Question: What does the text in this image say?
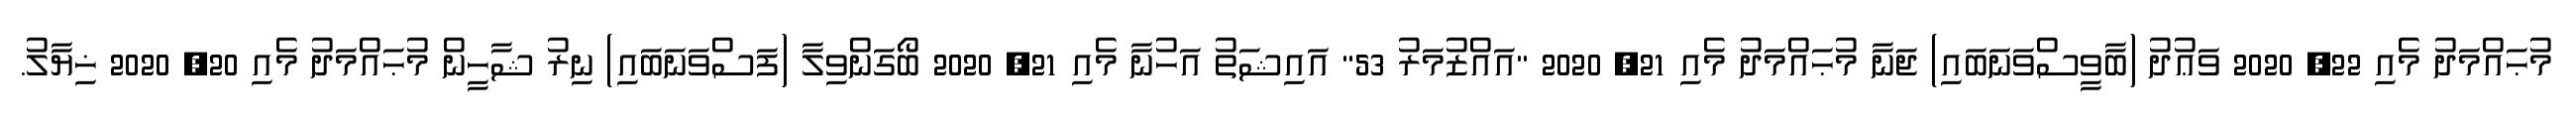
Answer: މުޙައްމަދު މެއި 22, 2020 ވަޢުދު (ބާވީސްވަނަބައި) ޖަނާ މުޙައްމަދު މެއި 21, 2020 "އައްޒުމަރު 53" އައިޝަތު އަހުނާ މެއި 21, 2020 ބޯގަންވިލާ (ފަސްވަނަބައި) ނިރު ޝާހީން މުޙައްމަދު މެއި 20, 2020 ޚިޔާލު.